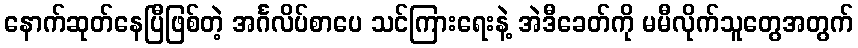
နောက်ဆုတ်နေပြီဖြစ်တဲ့ အင်္ဂလိပ်စာပေ သင်ကြားရေးနဲ့ အဲဒီခေတ်ကို မမီလိုက်သူတွေအတွက်